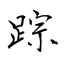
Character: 踪